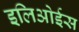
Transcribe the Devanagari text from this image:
इलिओईस